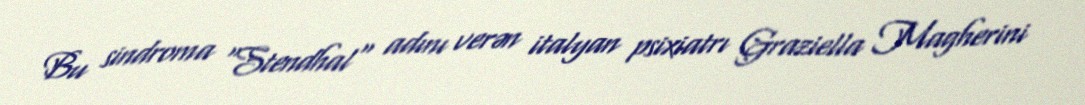
Bu sindroma "Stendhal" adını verən italyan psixiatrı Graziella Magherini